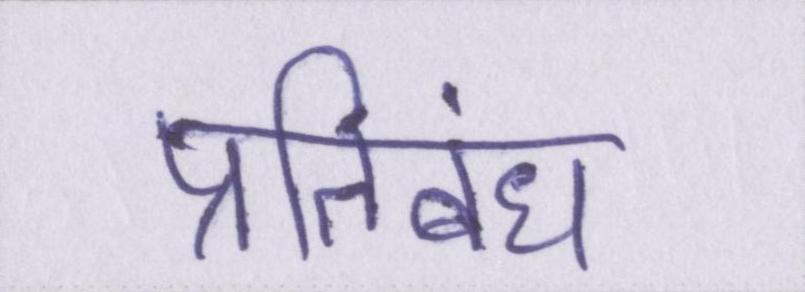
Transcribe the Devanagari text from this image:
प्रतिबंध